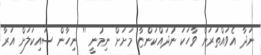
ނަދާ އެވައްތަރަށް ވާހަކަ ނުދައްކަންޏާ މަށަށް ނިމުނީ '' ނިހާން ސައިކަލަށް އަރާ